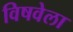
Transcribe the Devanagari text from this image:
विषवेला